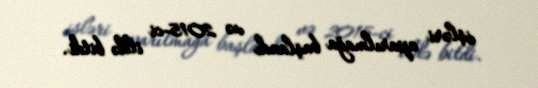
işləri aparılmağa başlandı və 2015-ci ildə bitdi.